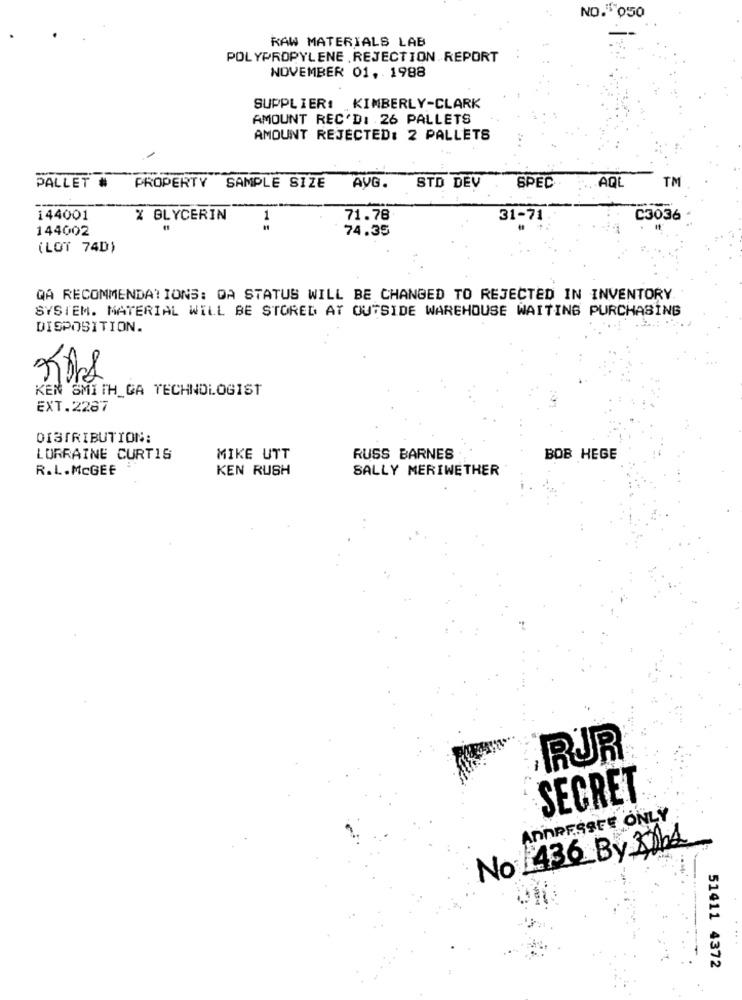
NO. 050
RAW MATERIALS LAB
POLYPROPYLENE . REJECTION REPORT
NOVEMBER 01, 1988
SUPPLIER# KIMBERLY-CLARK
AMOUNT REC'D: 26 PALLETS
AMOUNT REJECTED: 2 PALLETS
AQL
TM
PALLET #
PROPERTY SAMPLE SIZE
AVG.
STD DEV
SPEC
144001
% GLYCERIN
1
71.78
31-71
C3036
144002
74.35
(LOT 74D)
QA RECOMMENDATIONS: DA STATUS WILL BE CHANGED TO REJECTED IN INVENTORY
SYSTEM. MATERIAL WILL BE STORED AT OUTSIDE WAREHOUSE WAITING PURCHASING
DISPOSITION.
KEN SMITH_GA TECHNOLOGIST
EXT.2287
DISTRIBUTION:
LORRAINE CURTIS
MIKE UTT
RUSS BARNES
BOB HEGE
R.L.McGEE
KEN RUSH
SALLY MERIWETHER
RUR
SECRET
ADDRESSEE ONLY
No: 436 By 3064
...
51411 4372